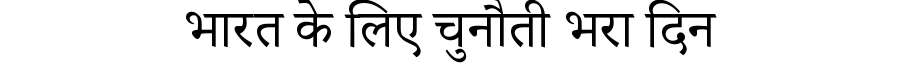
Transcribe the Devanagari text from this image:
भारत के लिए चुनौती भरा दिन